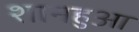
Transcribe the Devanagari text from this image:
शानहुआ